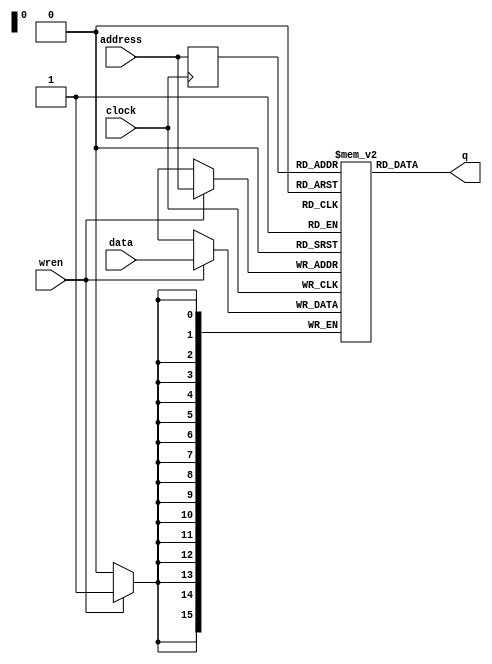
//////////////////////////////////////////////////////////////////////////////////
// Module Name:		memory
// Description: 	Basic memory model to store previous output or input
//
// Dependencies: 	
//
// Comments: 		This file could potentially be auto-generated by Quartus.
//                  There are templates it can generate.
//
//////////////////////////////////////////////////////////////////////////////////



module memory
#(parameter DATA_WIDTH=16, parameter ADDR_WIDTH=16)
(
	input [(DATA_WIDTH-1):0] address,
	input clock,
	input [(ADDR_WIDTH-1):0] data,
	input wren,
	output [(DATA_WIDTH-1):0] q
);

	// Declare the RAM variable
	reg [DATA_WIDTH-1:0] ram[2**ADDR_WIDTH-1:0];

	// Variable to hold the registered read address
	reg [ADDR_WIDTH-1:0] addr_reg;

	// Specify the initial contents.  You can also use the $readmemb
	// system task to initialize the RAM variable from a text file.
	// See the $readmemb template page for details.
	initial 
	begin : INIT
		//$readmemh("/home/klemmon/Desktop/Fall2019/CS3710/FinalProject/Processor/memory.txt",ram);
	end 

	always @ (posedge clock)
	begin
		// Write
		if (wren)
			ram[address] <= data;

		addr_reg <= address;
	end

	// Continuous assignment implies read returns NEW data.
	// This is the natural behavior of the TriMatrix memory
	// blocks in Single Port mode.  
	assign q = ram[addr_reg];

endmodule